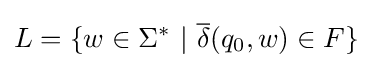
L=\{w\in \Sigma ^{*}\ |\ {\overline {\delta }}(q_{0},w)\in F\}